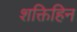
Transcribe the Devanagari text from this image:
शक्तिहिन